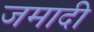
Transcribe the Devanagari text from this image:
जमादी